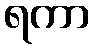
ရကာ